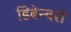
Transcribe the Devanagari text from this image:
डिबेन्‍चरों